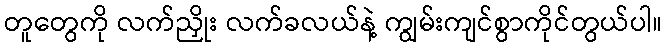
တူတွေကို လက်ညှိုး လက်ခလယ်နဲ့ ကျွမ်းကျင်စွာကိုင်တွယ်ပါ။